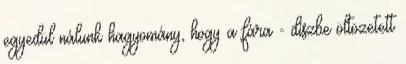
egyedül nálunk hagyomány, hogy a fára - díszbe öltözetett